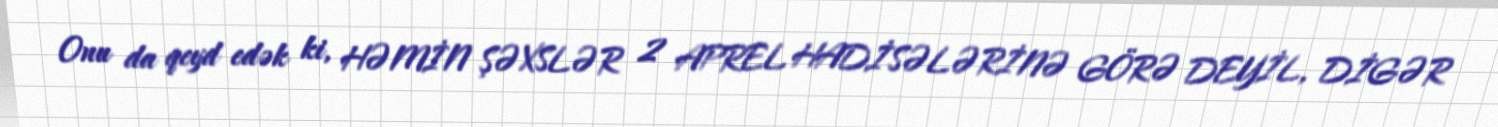
Onu da qeyd edək ki, HƏMİN ŞƏXSLƏR 2 APREL HADİSƏLƏRİNƏ GÖRƏ DEYİL, DİGƏR